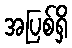
အပြစ်ရှိ